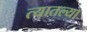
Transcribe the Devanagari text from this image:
त्‍यातल्‍या